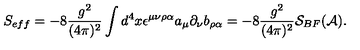
S _ { e f f } = - 8 \frac { g ^ { 2 } } { ( 4 \pi ) ^ { 2 } } \int d ^ { 4 } x \epsilon ^ { \mu \nu \rho \alpha } a _ { \mu } \partial _ { \nu } b _ { \rho \alpha } = - 8 \frac { g ^ { 2 } } { ( 4 \pi ) ^ { 2 } } { \cal S } _ { B F } ( { \cal A } ) .